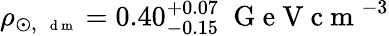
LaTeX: \rho_{\odot,\, \mathrm{~\scriptsize~d~m~}}=0.40_{-0.15}^{+0.07}~\mathrm{~G~e~V~c~m~}^{-3}